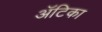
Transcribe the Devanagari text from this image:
अॅटिका